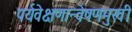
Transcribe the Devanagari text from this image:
पर्यवेक्षणान्वेषणमुखी